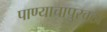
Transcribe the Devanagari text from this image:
पाण्याचापुरवठा